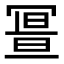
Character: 𠖚